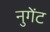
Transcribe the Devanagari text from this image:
नुगेंट